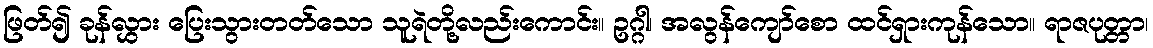
ဖြတ်၍ ခုန်လွှား ပြေးသွားတတ်သော သူရဲတို့လည်းကောင်း။ ဥဂ္ဂါ၊ အလွန်ကျော်စော ထင်ရှားကုန်သော။ ရာဇပုတ္တာ၊